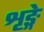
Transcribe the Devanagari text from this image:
शृङ्गे